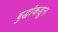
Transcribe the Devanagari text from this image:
बुद्धांकडून